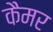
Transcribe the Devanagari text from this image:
कैमर